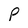
Character: P